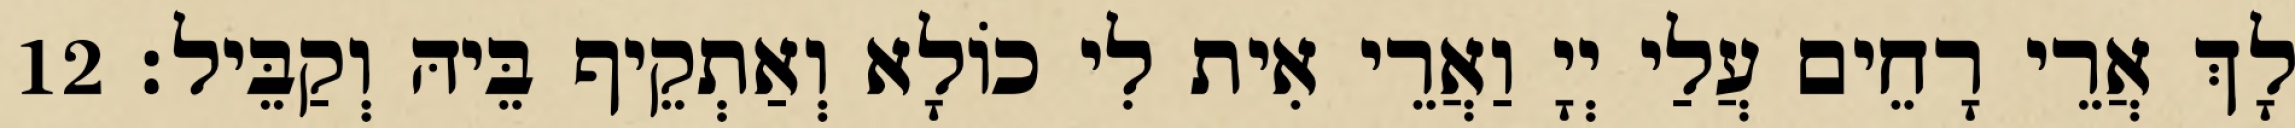
לָךְ אֲרֵי רָחֵים עֲלַי יְיָ וַאֲרֵי אִית לִי כוֹלָא וְאַתְקֵיף בֵּיהּ וְקַבֵּיל׃ 12